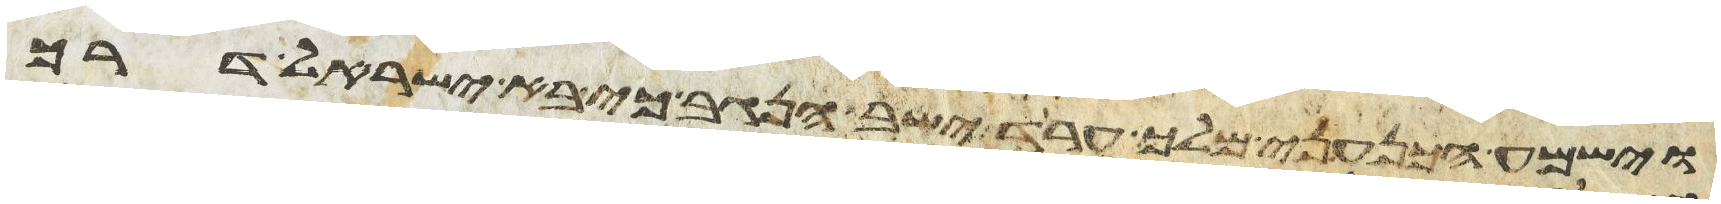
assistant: וישמע הכנעני מלך ערד ישב הנגב כי בא ישראל דרך